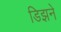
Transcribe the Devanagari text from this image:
डिझने